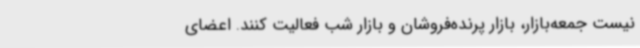
نیست جمعه‌بازار، بازار پرنده‌فروشان و بازار شب فعالیت کنند. اعضای